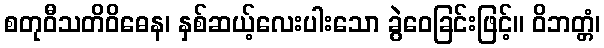
စတုဝီသတိဝိဓေန၊ နှစ်ဆယ့်လေးပါးသော ခွဲဝေခြင်းဖြင့်။ ဝိဘတ္တံ၊